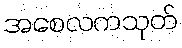
အစေလကသုတ်